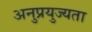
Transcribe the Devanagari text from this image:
अनुप्रयुज्यता